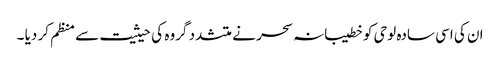
ان کی اسی سادہ لوحی کو خطیبانہ سحر نے متشدد گروہ کی حیثیت سے منظم کر دیا ۔